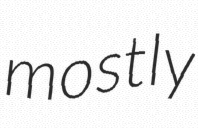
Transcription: mostly